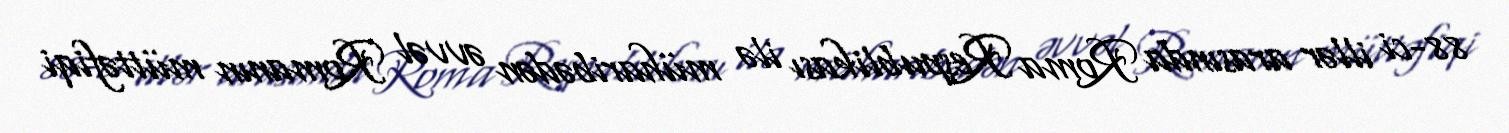
88-ci illər arasında Roma Respublikası ilə müharibədən əvvəl Romanın müttəfiqi